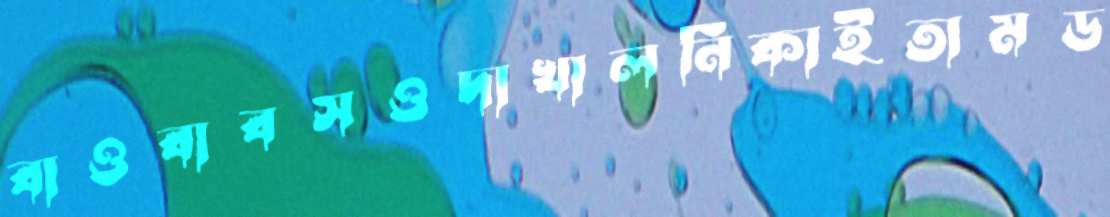
বাওবাবসওদাখালনিকাইতামড